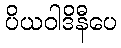
ပိယဝါဒိနီပေ